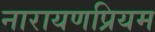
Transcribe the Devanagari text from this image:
नारायणप्रियम